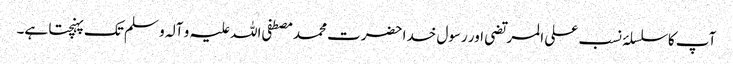
آپ کا سلسلۂ نسب علی المرتضی اور رسول خدا حضرت محمد مصطفی اللہ علیہ و آلہ و سلم تک پہنچتا ہے۔